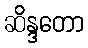
ဆိန္ဒတော